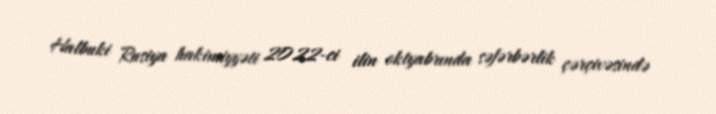
Halbuki Rusiya hakimiyyəti 2022-ci ilin oktyabrında səfərbərlik çərçivəsində